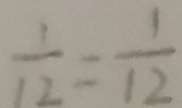
\frac { 1 } { 1 2 } = \frac { 1 } { 1 2 }